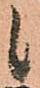
候